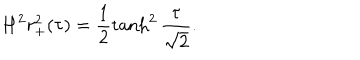
H ^ { 2 } r _ { + } ^ { 2 } ( \tau ) = \frac { 1 } { 2 } \tanh ^ { 2 } \frac { \tau } { \sqrt { 2 } } .